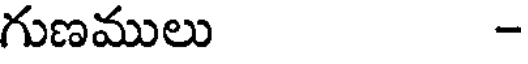
గుణములు -